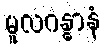
မူလဂန္ဓာနံ